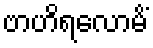
ဗာဟိရလောမိံ